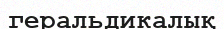
геральдикалық